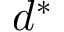
d ^ { \ast }